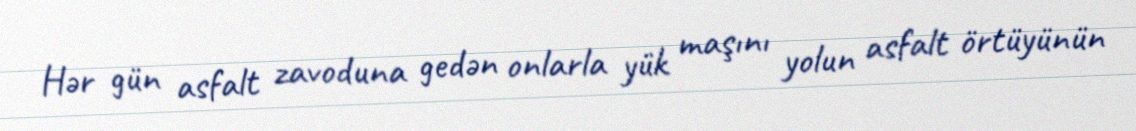
Hər gün asfalt zavoduna gedən onlarla yük maşını yolun asfalt örtüyünün